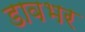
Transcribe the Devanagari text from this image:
डावभर